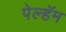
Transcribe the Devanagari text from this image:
पेल्हॅम